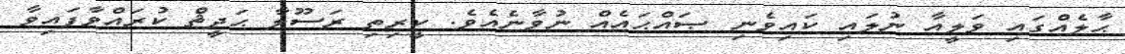
ޙާލެއްގައި ވަލީއާ ނުލައި ކައިވެނި ޞައްޙައެއް ނުވާނެއެވެ. ކީރިތި ރަސޫލާ ޙަދީޘް ކުރައްވާފައިވާ